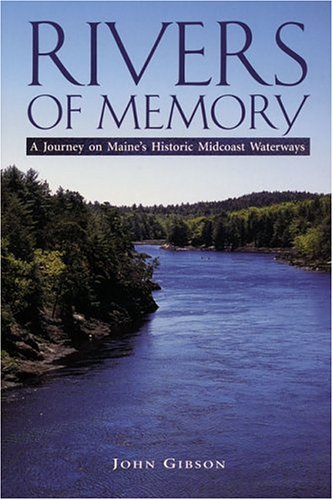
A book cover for Rivers of Memory; John Gibson; Travel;